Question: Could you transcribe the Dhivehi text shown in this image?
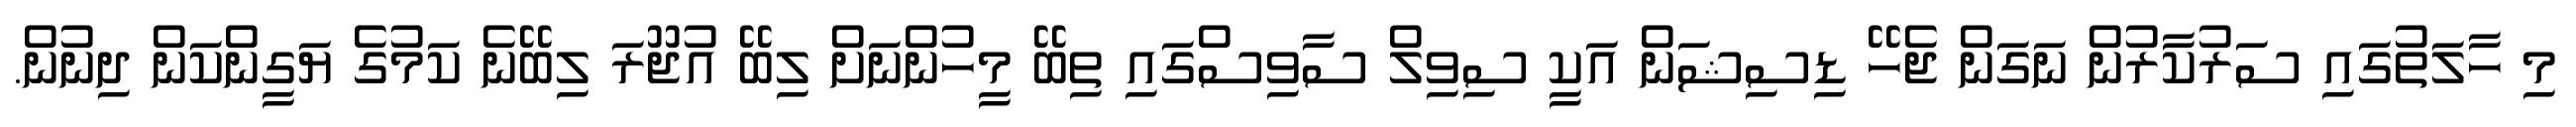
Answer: މި ހާލަތުގައި ސަރުކާރުން ނަގަން ޖެހޭ ޑިސިޝަން އަކީ ސިވިލް ސާވިސްގައި ތިބޭ މީހުންނަށް ލިބޭ އުޖޫރަ ލިބޭނެ ކަމުގެ ޔަގީންކަން ދިނުން.